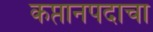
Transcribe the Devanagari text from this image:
कप्तानपदाचा